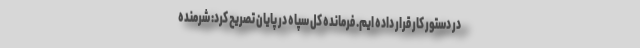
در دستور کار قرار داده ایم. فرمانده کل سپاه در پایان تصریح کرد: شرمنده